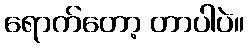
ရောက်တော့ တာပါပဲ။